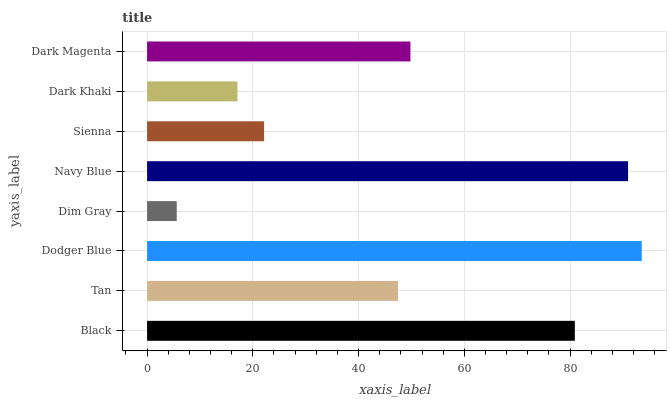
| yaxis_label | bars |
 | --- | --- |
 | Black | 80.9 |
 | Tan | 47.5 |
 | Dodger Blue | 93.6 |
 | Dim Gray | 5.61 |
 | Navy Blue | 91 |
 | Sienna | 22.1 |
 | Dark Khaki | 17.1 |
 | Dark Magenta | 49.8 |